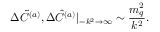
\Delta \tilde { C } ^ { ( a ) } , \Delta \hat { C } ^ { ( a ) } | \mathstrut _ { - k ^ { 2 } \rightarrow \infty } \sim \frac { m _ { q } ^ { 2 } } { k ^ { 2 } } .